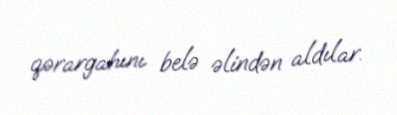
qərargahını belə əlindən aldılar.